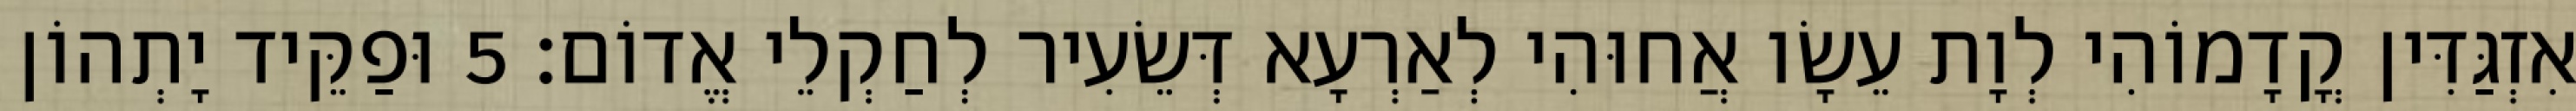
אִזְגַּדִּין קֳדָמוֹהִי לְוָת עֵשָׂו אֲחוּהִי לְאַרְעָא דְּשֵׂעִיר לְחַקְלֵי אֱדוֹם׃ 5 וּפַקֵּיד יָתְהוֹן